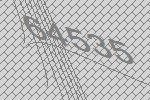
64535